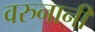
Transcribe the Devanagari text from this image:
वरुनानी